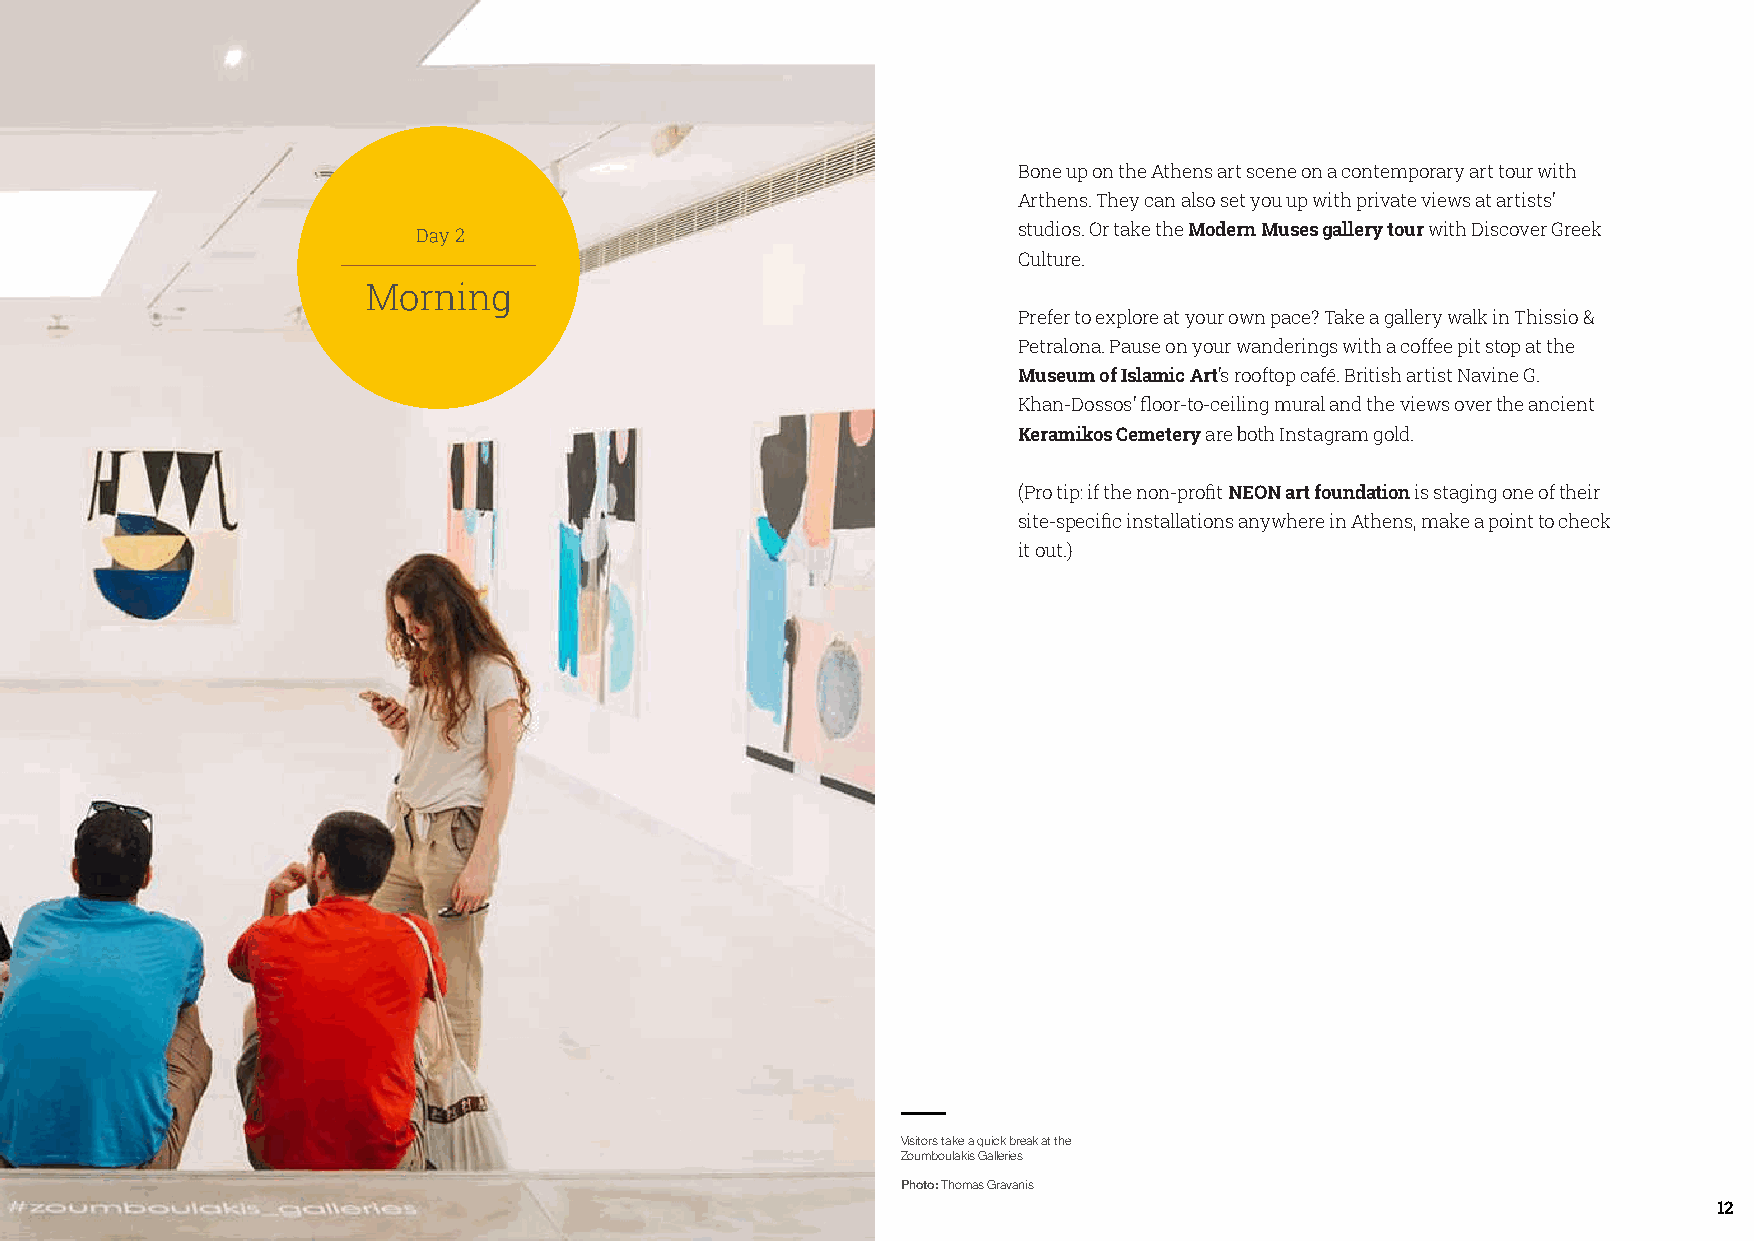
Bone up on the Athens art scene on a contemporary art tour with
 Arthens. They can also set you up with private views at artists’
 2                                    studios. Or take the Modern Muses gallery tour with Discover Greek
 Culture.
 Prefer to explore at your own pace? Take a gallery walk in Thissio &
 Petralona. Pause on your wanderings with a coffee pit stop at the
 Museum of Islamic Art’s rooftop café. British artist Navine G.
 Khan-Dossos’ floor-to-ceiling mural and the views over the ancient
 Keramikos Cemetery are both Instagram gold.
 (Pro tip: if the non-profit NEON art foundation is staging one of their
 site-specific installations anywhere in Athens, make a point to check
 it out.)
 Visitors take a quick break at the
 Zoumboulakis Galleries
 Photo: Thomas Gravanis
 12